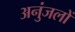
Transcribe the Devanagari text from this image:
अनुंजलों